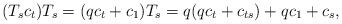
LaTeX: \begin{align*}(T_sc_t)T_s=(qc_t+c_1)T_s=q(qc_t+c_{ts})+qc_1+c_s,\end{align*}